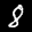
Label: 8